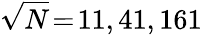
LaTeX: \sqrt{N}\! =\! 11,41,161